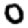
Digit: 0